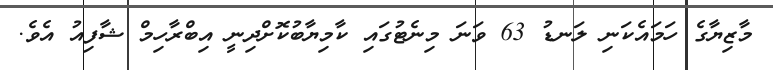
މާޒިޔާގެ ހަމައެކަނި ލަނޑު 63 ވަނަ މިނެޓުގައި ކާމިޔާބުކޮށްދިނީ އިބްރާހިމް ޝާފިއު އެވެ.